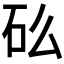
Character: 𬑼